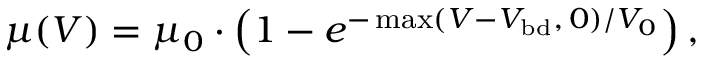
\mu ( V ) = \mu _ { 0 } \cdot \left( 1 - e ^ { - \operatorname* { m a x } ( V - V _ { \mathrm { b d } } , \, 0 ) / V _ { 0 } } \right) ,